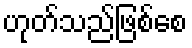
ဟုတ်သည်ဖြစ်စေ